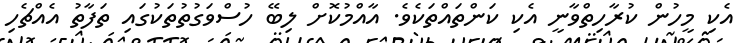
އެކި މީހުން ކުރާހިތްވާނީ އެކި ކަންތައްތަކެވެ. އާއްމުކޮށް ލިބޭ ހުސްވަގުތުތަކުގައި ތަފާތު އެއްޗެހި